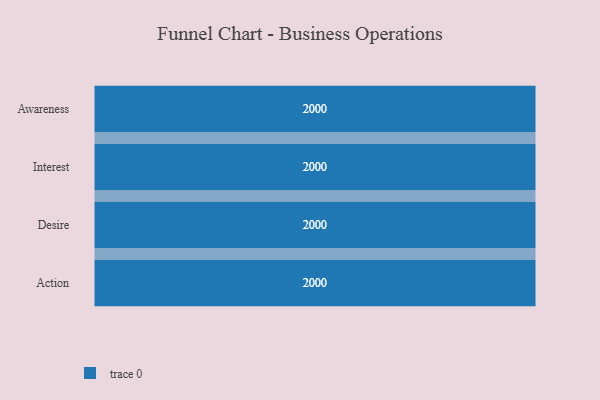
{"axis": {"x": "Stage", "y": "Value"}, "legend": [""], "data": [{"x": "Awareness", "y": 2000, "type": ""}, {"x": "Interest", "y": 2000, "type": ""}, {"x": "Desire", "y": 2000, "type": ""}, {"x": "Action", "y": 2000, "type": ""}]}